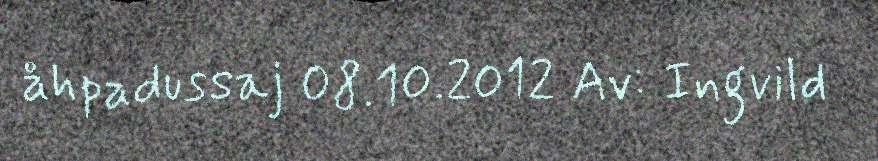
åhpadussaj 08.10.2012 Av: Ingvild